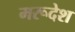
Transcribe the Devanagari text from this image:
मरूदेश